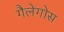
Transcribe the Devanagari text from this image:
गैलेगोस